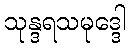
သုန္ဒရသမုဒ္ဒေါ